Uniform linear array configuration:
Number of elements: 12
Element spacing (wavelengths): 0.5
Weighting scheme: kaiser
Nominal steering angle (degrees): -45
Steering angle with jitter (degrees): -45.008
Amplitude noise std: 0.05
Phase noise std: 0.05

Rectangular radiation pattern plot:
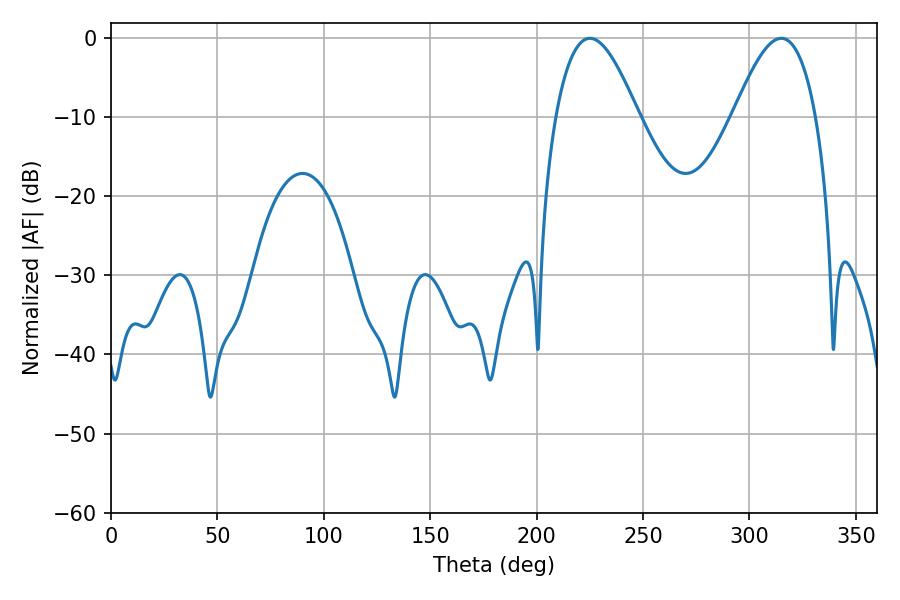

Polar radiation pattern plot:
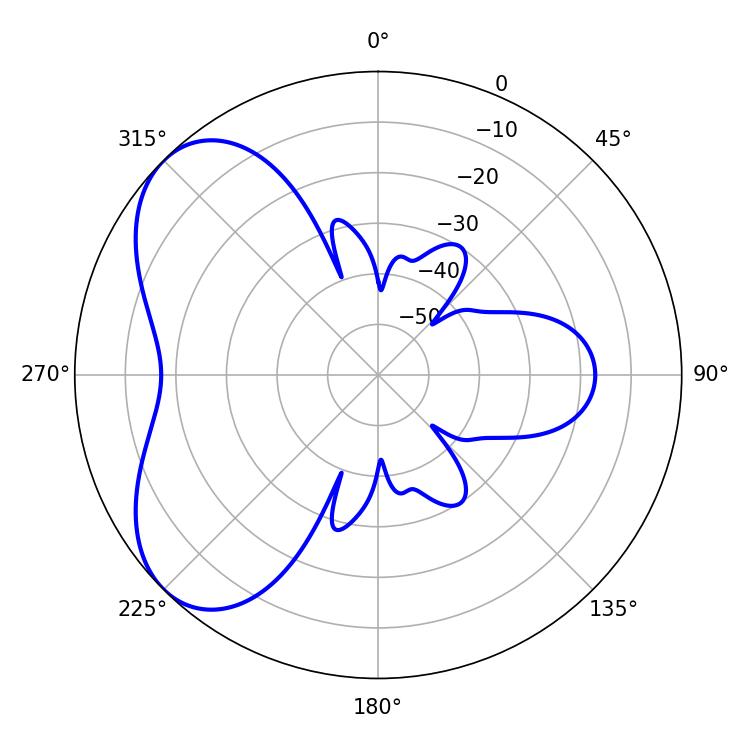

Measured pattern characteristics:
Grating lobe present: FALSE
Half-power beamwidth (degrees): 21.06
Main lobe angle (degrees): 225